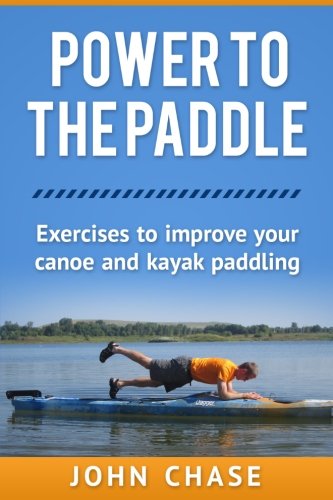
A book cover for Power to the Paddle: : Exercises to Improve your Canoe and Kayak Paddling; John Chase; Sports & Outdoors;